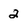
Character: 2